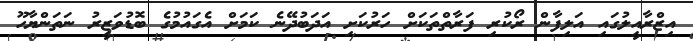
އިޒްރާއީލުގައި އަލިފާން ރޯކުރި ފަރާތްތަކަށް ހަރުކަށި އަދަބުދޭނެ ކަމަށް އެގައުމުގެ ބޮޑުވަޒީރު ނަތަންޔާހޫ